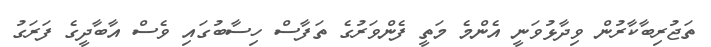
ތަޖުރިބާކާރުން ވިދާޅުވަނީ އެންމެ މަތީ ފެންވަރުގެ ތަފާސް ހިސާބުގައި ވެސް އާބާދީގެ ފަރަގު